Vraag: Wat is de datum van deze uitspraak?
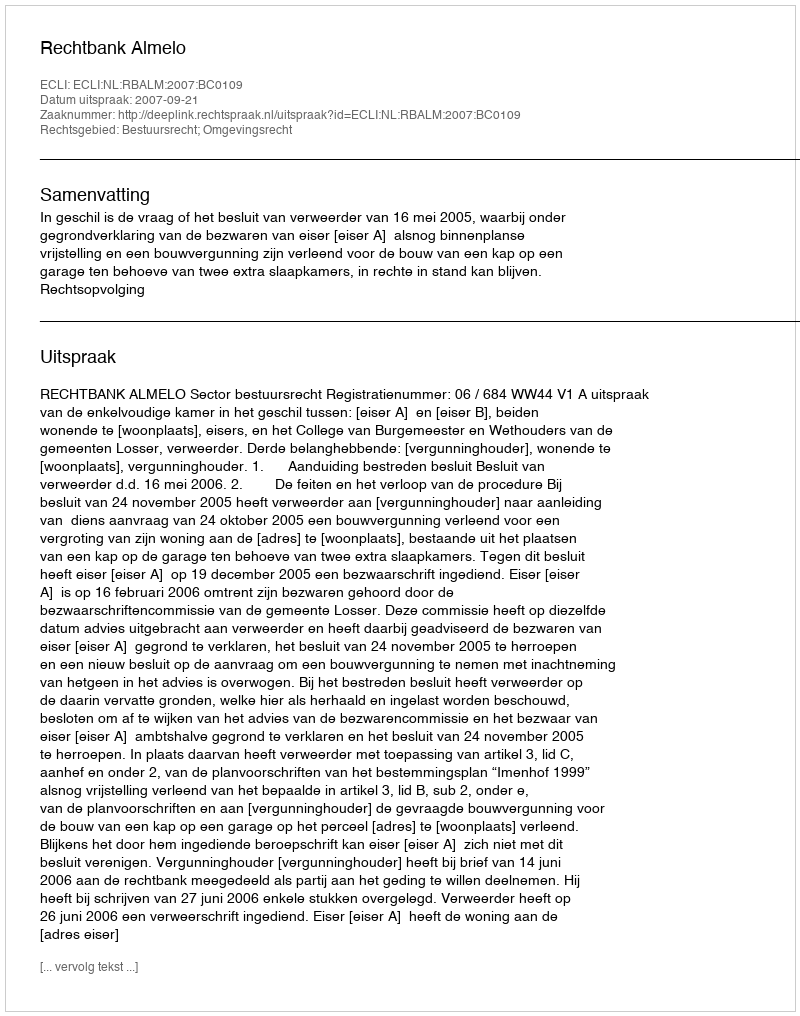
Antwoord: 2007-09-21